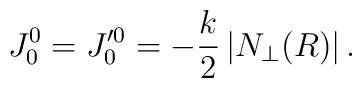
J^0_0=J^{\prime 0}_0=-\frac{k}{2}\left| N_\perp(R)\right|.